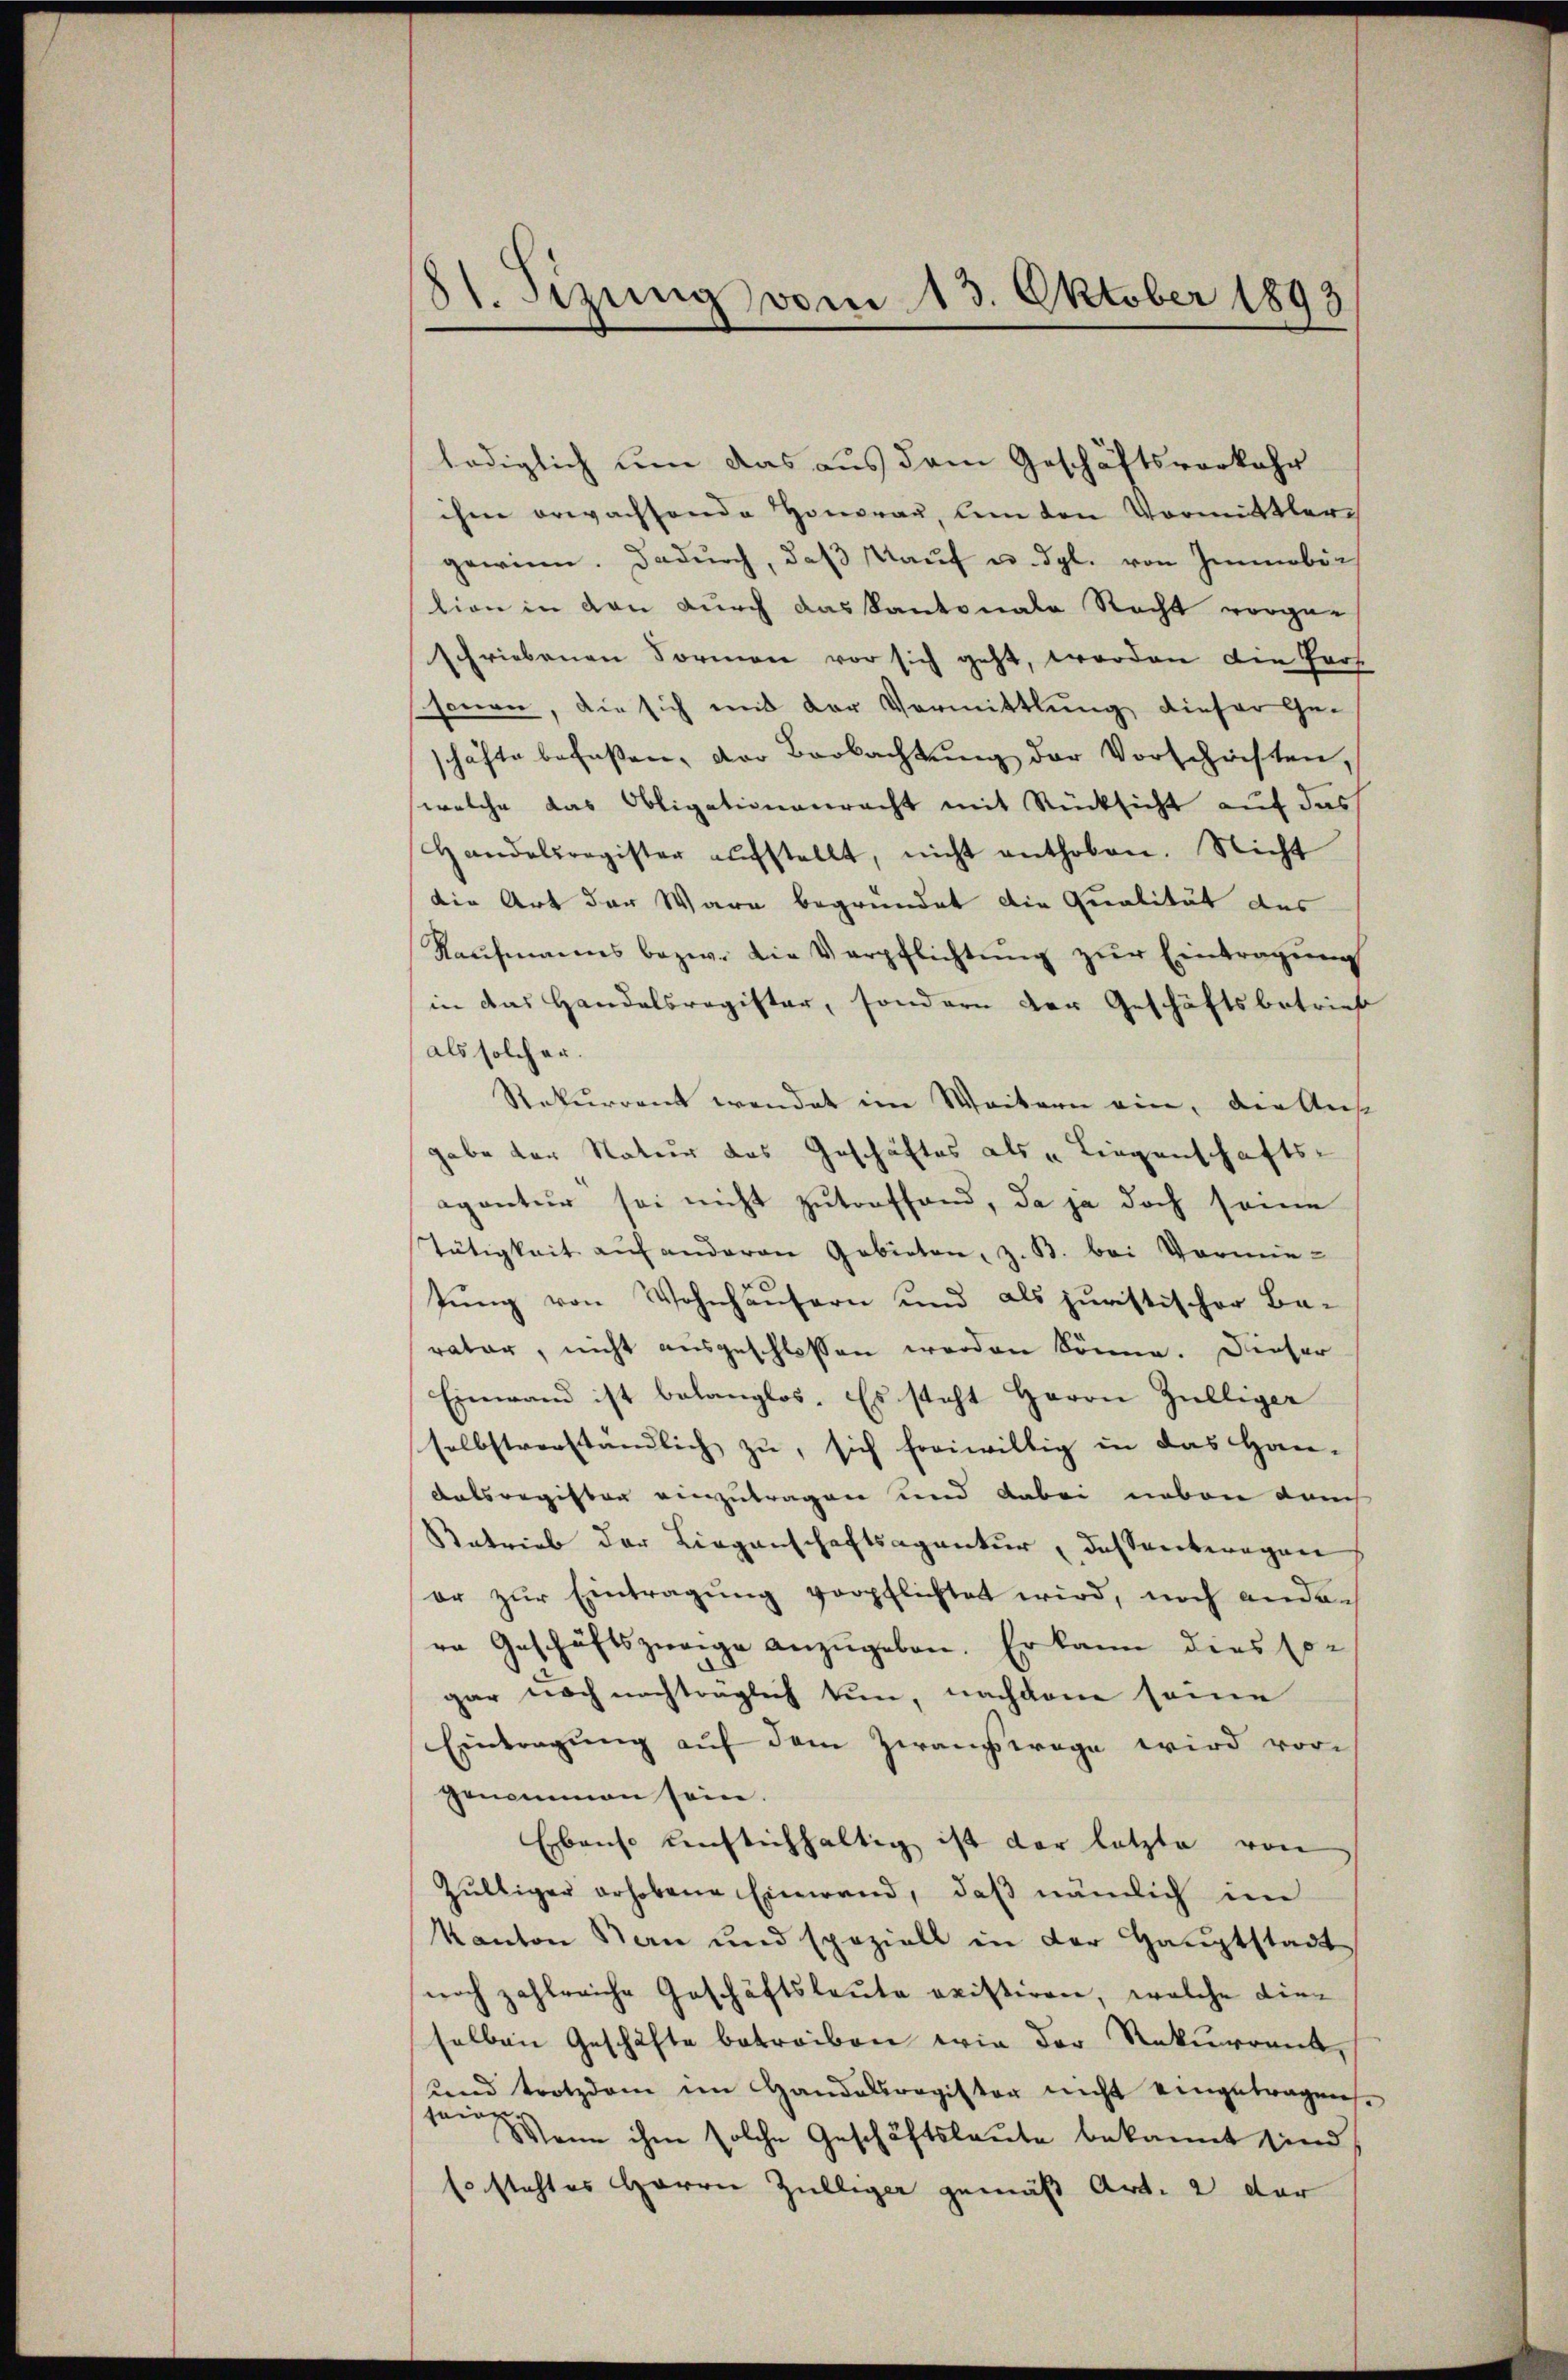
81. Sizung vom 13. Oktober 1893

lediglich um das aus dem Geschäftsverkehr
ihme erwachsende Honorau, lenden Vormittler
gewinn. Dadurch, daβ aŭf u. dgl. von Immobi-
tion in den durch das Kantonale Recht vorge-
schriebenen Formen vor sich geht, worden die Pers
sonen, die sich und der Vormittlung dieser Ge-
schäfte befaßen, der Beobachtung der Vorschäften,
welche das Obligationenrecht mit Rücksicht auf das
Handelsregister aŭfstellt, nicht enthoben. Nicht
die Art der Ware begründet die Qualität des
Kaŭfmanns bezw. die Verpflichtŭng zŭr Eintragung
in das Handelsregister, sondern der Geschäftsbetrief
als solcher.
Rekurrent wendet im Weitern ein, der Aus
gabe der Natur das Geschäftes als „Liegenschafts-
agantur sei nicht zutreffend, da ja doch seine
Tätigkeit auf anderen Gebieten, z. B. bei Vormietung von Wohnhäusern und als juristischer Be-
rator, nicht ausgeschlossen werden könne. Dieser
Einwand ist belanglos. Es steht Herrn Zülliger
selbstverständlich zu, sich freiwillig in das Han-
Aatsregister einzutragen und dabei neben durch
Retrieb der Liegenschaftsagentur, dasserberegen
er zŭr Eintragŭng verpflichtet wird, noch anden
ro Geschäftszweige anzugeben. Er kann dies son
gar noch nachtraglich tun, nachdem seine
Eintragŭng aŭf dem Zwangswage wird vor-
genommen sein.
Ebenso einstichhaltig ist der letzte von
Zültiger erhobene Einwand, daβ nämlich im
Kanton San und speziell in der Hauptstadt
noch zahlreiche Geschäftsleute existiren, welche dieselben Geschäfte betreiben wie der Rekurrent,
und trotzdem im Handelsregister nicht eingetragen.
tan. Wenn ihm solche Geschäftsleute bekannt sind,
Erstehtes Herren Zilliger gemäß Art. 2 der